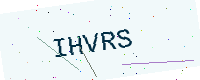
Text: IHVRS